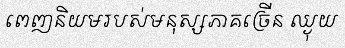
ពេញនិយមរបស់មនុស្សភាគច្រើន ឈ្ងុយ